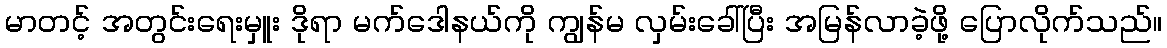
မာတင့် အတွင်းရေးမှူး ဒိုရာ မက်ဒေါနယ်ကို ကျွန်မ လှမ်းခေါ်ပြီး အမြန်လာခဲ့ဖို့ ပြောလိုက်သည်။